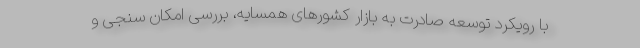
با رویکرد توسعه صادرت به بازار کشورهای همسایه، بررسی امکان سنجی و